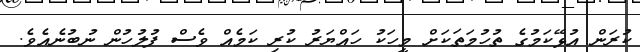
ކުރަން އުޅޭކަމުގެ ތުހުމަތަކަށް މީހަކު ހައްޔަރު ކުރި ކަމެއް ވެސް ފުލުހުން ނުބުނެއެވެ.